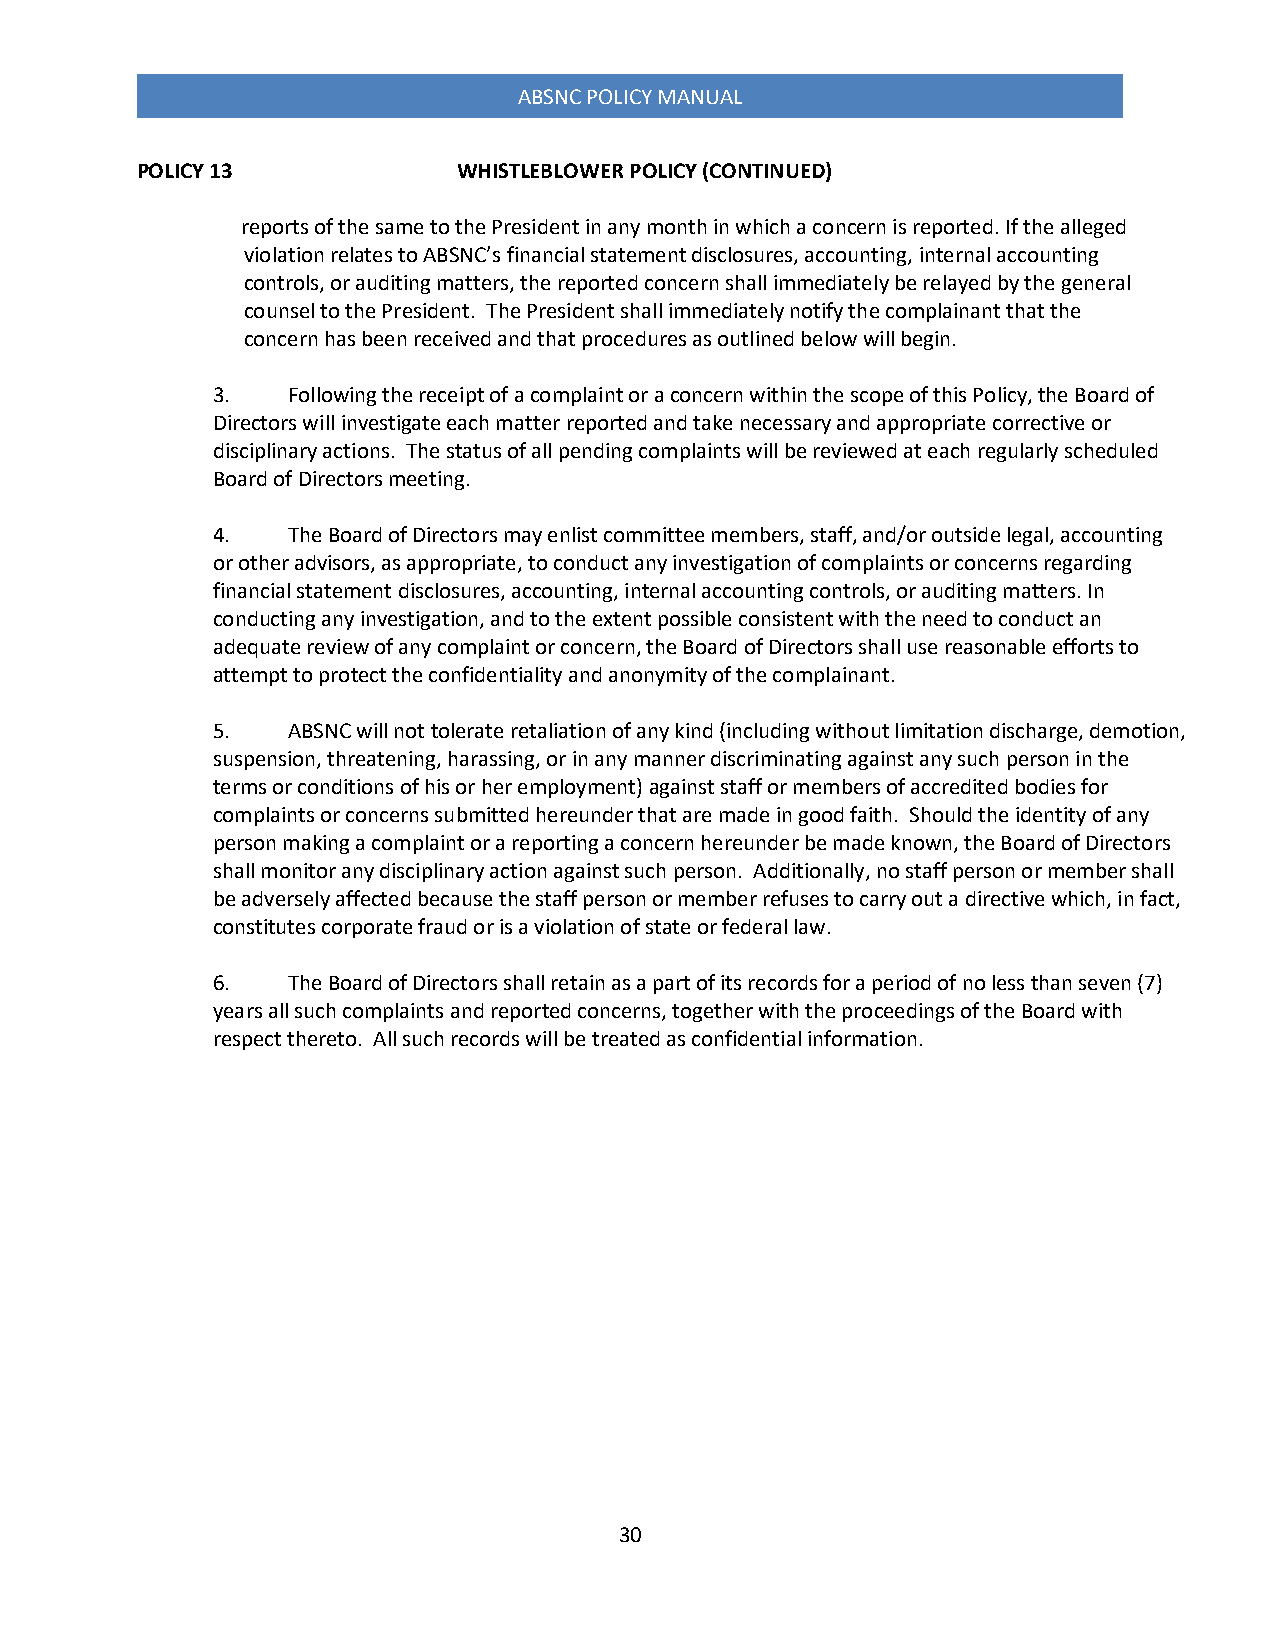
ABSNC POLICY MANUAL
 POLICY 13            WHISTLEBLOWER POLICY (CONTINUED)
 reports of the same to the President in any month in which a concern is reported. If the alleged
 violation relates to ABSNC’s financial statement disclosures, accounting, internal accounting
 controls, or auditing matters, the reported concern shall immediately be relayed by the general
 counsel to the President. The President shall immediately notify the complainant that the
 concern has been received and that procedures as outlined below will begin.
 3.   Following the receipt of a complaint or a concern within the scope of this Policy, the Board of
 Directors will investigate each matter reported and take necessary and appropriate corrective or
 disciplinary actions. The status of all pending complaints will be reviewed at each regularly scheduled
 Board of Directors meeting.
 4.   The Board of Directors may enlist committee members, staff, and/or outside legal, accounting
 or other advisors, as appropriate, to conduct any investigation of complaints or concerns regarding
 financial statement disclosures, accounting, internal accounting controls, or auditing matters. In
 conducting any investigation, and to the extent possible consistent with the need to conduct an
 adequate review of any complaint or concern, the Board of Directors shall use reasonable efforts to
 attempt to protect the confidentiality and anonymity of the complainant.
 5.   ABSNC will not tolerate retaliation of any kind (including without limitation discharge, demotion,
 suspension, threatening, harassing, or in any manner discriminating against any such person in the
 terms or conditions of his or her employment) against staff or members of accredited bodies for
 complaints or concerns submitted hereunder that are made in good faith. Should the identity of any
 person making a complaint or a reporting a concern hereunder be made known, the Board of Directors
 shall monitor any disciplinary action against such person. Additionally, no staff person or member shall
 be adversely affected because the staff person or member refuses to carry out a directive which, in fact,
 constitutes corporate fraud or is a violation of state or federal law.
 6.   The Board of Directors shall retain as a part of its records for a period of no less than seven (7)
 years all such complaints and reported concerns, together with the proceedings of the Board with
 respect thereto. All such records will be treated as confidential information.
 30